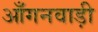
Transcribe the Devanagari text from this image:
आँगनवाड़ी